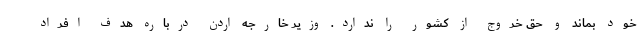
خود بماند و حق خروج از کشور را ندارد. وزیر خارجه اردن درباره هدف افراد